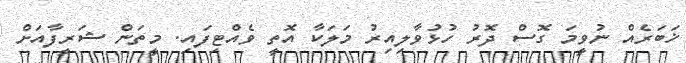
ޚަބަރެއް ނުވީމަ ގޮސް ދޮރު ހުޅުވާލިއިރު މަލަކާ އޮތީ ވެއްޓިފައި. މީތަން ޝަރީފާއަށް